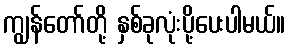
ကျွန်တော်တို့ နှစ်ခုလုံးပို့ပေးပါမယ်။